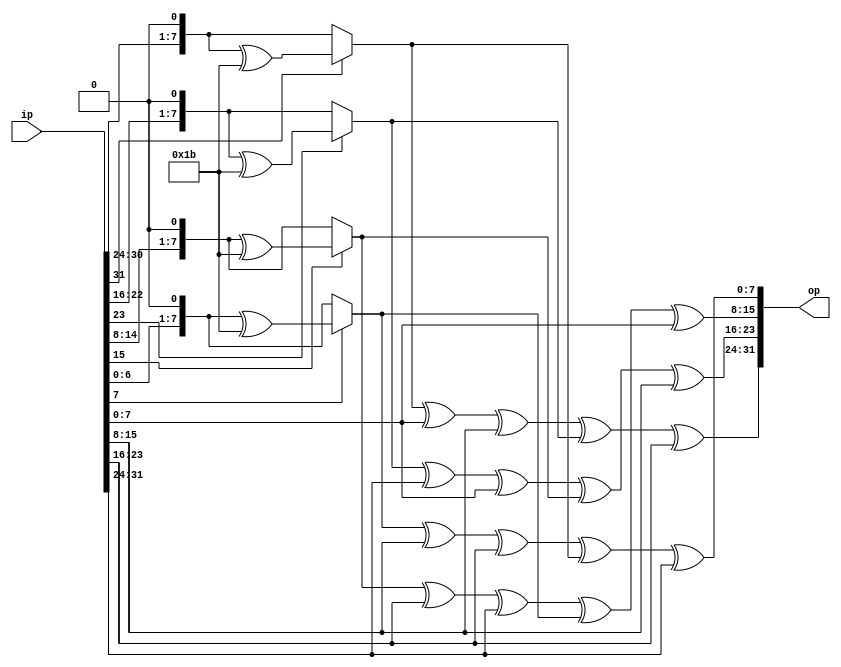
module matrix_mult(
    input   [31:0] ip,
    output  [31:0] op
);

wire [7:0] b0;
wire [7:0] b1;
wire [7:0] b2;
wire [7:0] b3;
wire [7:0] a0;
wire [7:0] a1;
wire [7:0] a2;
wire [7:0] a3;

assign a0 = ip[31:24];
assign a1 = ip[23:16];
assign a2 = ip[15:8];
assign a3 = ip[7:0];

assign b0 = (a0[7]==1'b1)?((a0<<1)^(8'h1b)):(a0<<1);
assign b1 = (a1[7]==1'b1)?((a1<<1)^(8'h1b)):(a1<<1);
assign b2 = (a2[7]==1'b1)?((a2<<1)^(8'h1b)):(a2<<1);
assign b3 = (a3[7]==1'b1)?((a3<<1)^(8'h1b)):(a3<<1);

assign op[31:24] = b0^a3^a2^b1^a1; 
assign op[23:16] = b1^a0^a3^b2^a2;
assign op[15:8] = b2^a1^a0^b3^a3;
assign op[7:0] = b3^a2^a1^b0^a0;

endmodule